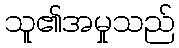
သူ၏အမှုသည်